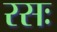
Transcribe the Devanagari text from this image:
रसः